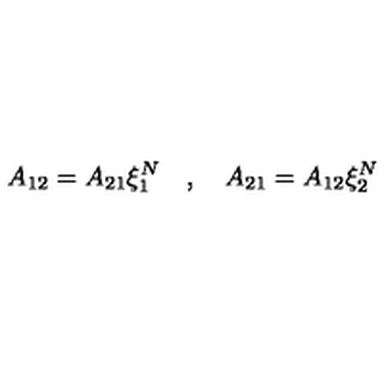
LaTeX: A _ { 1 2 } = A _ { 2 1 } \xi _ { 1 } ^ { N } \quad , \quad A _ { 2 1 } = A _ { 1 2 } \xi _ { 2 } ^ { N }